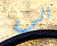
الى